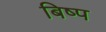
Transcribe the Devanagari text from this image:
बिष्प